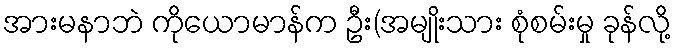
အားမနာဘဲ ကိုယောမာန်က ဦး(အမျိုးသား စုံစမ်းမှု ခုန်လို့